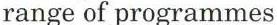
range of programmes